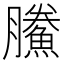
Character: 鰧